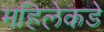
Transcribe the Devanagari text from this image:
महिलेकडे